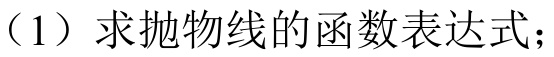
（1）求抛物线的函数表达式；